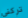
تركني